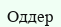
Оддер